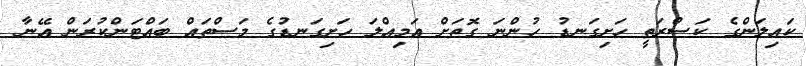
ކައިލަންގެ ކަސްރަތީ ހަށިގަނޑު ހުންނަ ގޮތަށް އަމިއްލަ ހަށިގަނޑުގެ މަސްތައް ބައްޓަންކުރަން އޭނާ